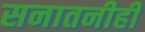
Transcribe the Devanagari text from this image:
सनातनीही